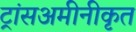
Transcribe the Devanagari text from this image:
ट्रांसअमीनीकृत